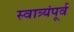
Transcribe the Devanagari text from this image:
स्वात्र्यंपूर्व